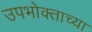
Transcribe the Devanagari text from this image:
उपभोक्ताच्या